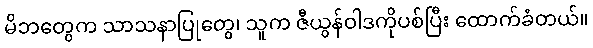
မိဘတွေက သာသနာပြုတွေ၊ သူက ဇီယွန်ဝါဒကိုပစ်ပြီး ထောက်ခံတယ်။